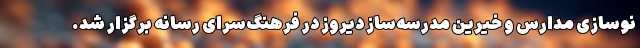
نوسازی مدارس و خیرین مدرسه‌ساز دیروز در فرهنگ‌سرای رسانه برگزار شد.